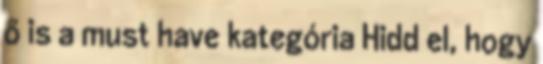
ő is a must have kategória Hidd el, hogy